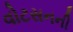
વોટસનની